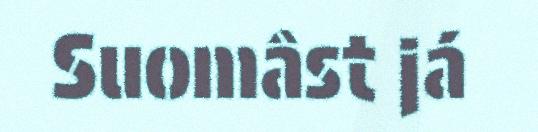
Suomâst já